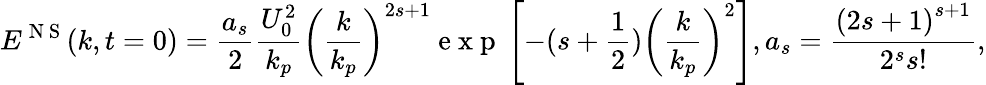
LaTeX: {{E}^{\mathrm{~N~S~}}}(k,t=0)=\frac{{{a}_{s}}}{2}\frac{U_{0}^{2}}{{{k}_{p}}}{{\left(\frac{k}{{{k}_{p}}}\right)}^{2s+1}}\mathrm{~e~x~p~}\left[-(s+\frac{1}{2}){{\left(\frac{k}{{{k}_{p}}}\right)}^{2}}\right],{{a}_{s}}=\frac{{{(2s+1)}^{s+1}}}{{{2}^{s}}s!},